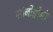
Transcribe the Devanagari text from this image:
सांबोड्रोमो